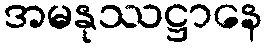
အမနုဿဋ္ဌာနေ